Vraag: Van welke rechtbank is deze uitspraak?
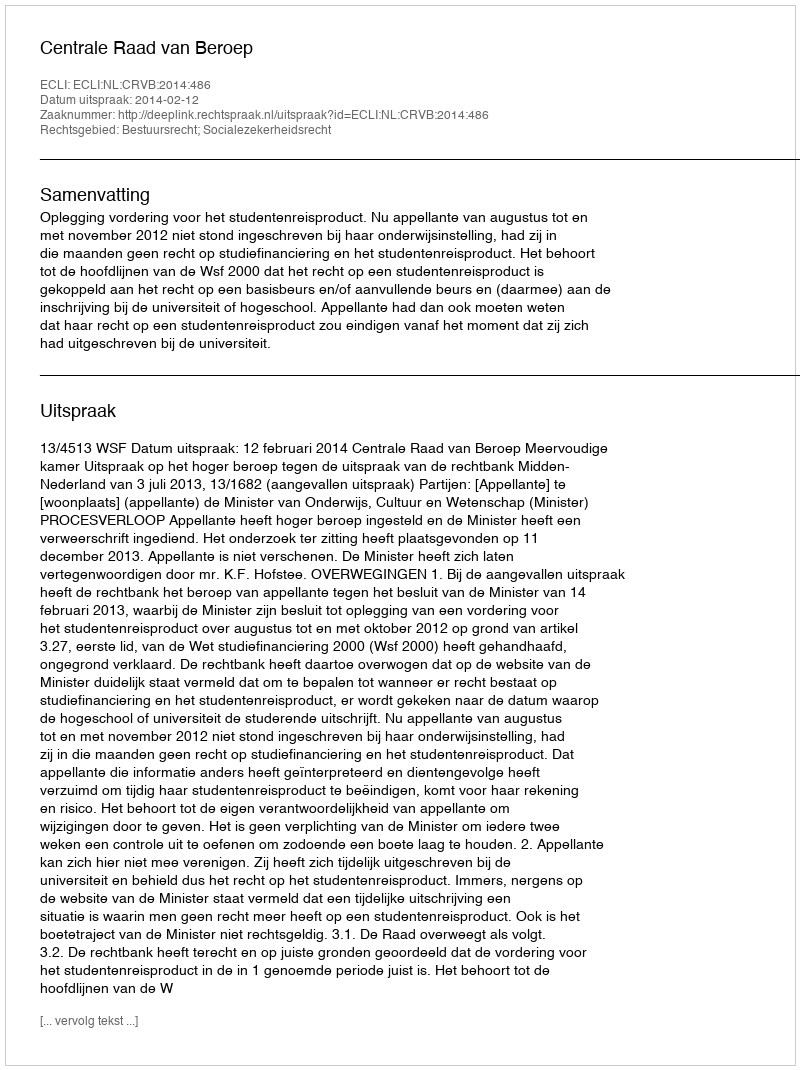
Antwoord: Centrale Raad van Beroep